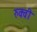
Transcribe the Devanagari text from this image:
रुक्‍वी